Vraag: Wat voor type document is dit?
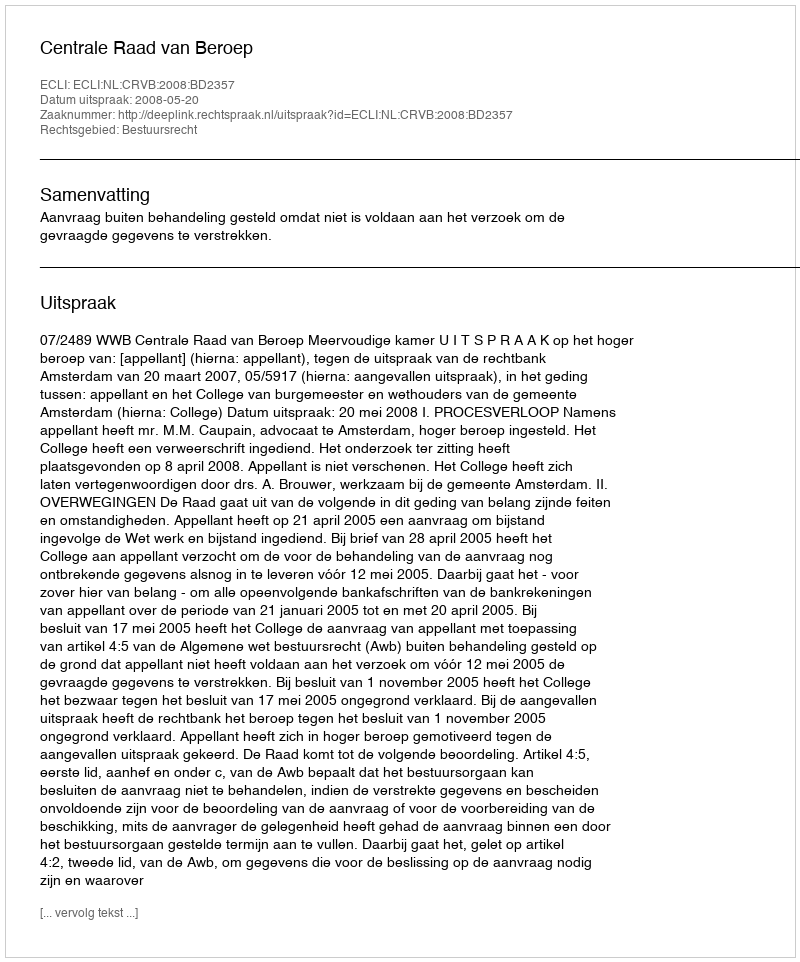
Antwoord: Uitspraak